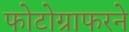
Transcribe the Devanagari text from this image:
फोटोग्राफरने